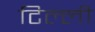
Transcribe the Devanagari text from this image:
टिल्ली